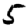
Digit: 5